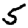
Digit: 5